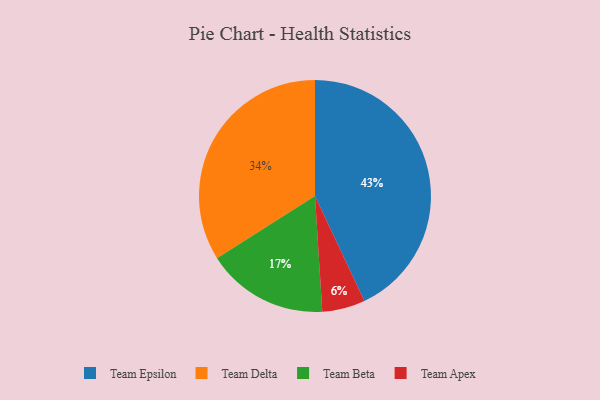
{"axis": {"x": "Category", "y": "Percentage"}, "legend": ["Team Apex", "Team Beta", "Team Delta", "Team Epsilon"], "data": [{"x": "Team Delta", "y": 34, "type": "Team Delta"}, {"x": "Team Beta", "y": 17, "type": "Team Beta"}, {"x": "Team Epsilon", "y": 43, "type": "Team Epsilon"}, {"x": "Team Apex", "y": 6, "type": "Team Apex"}]}